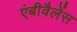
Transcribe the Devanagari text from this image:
एंबीवैलेंस